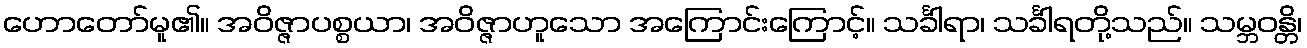
ဟောတော်မူ၏။ အဝိဇ္ဇာပစ္စယာ၊ အဝိဇ္ဇာဟူသော အကြောင်းကြောင့်။ သင်္ခါရာ၊ သင်္ခါရတို့သည်။ သမ္ဘဝန္တိ၊